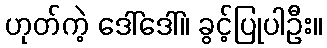
ဟုတ်ကဲ့ ဒေါ်ဒေါ်။ ခွင့်ပြုပါဦး။